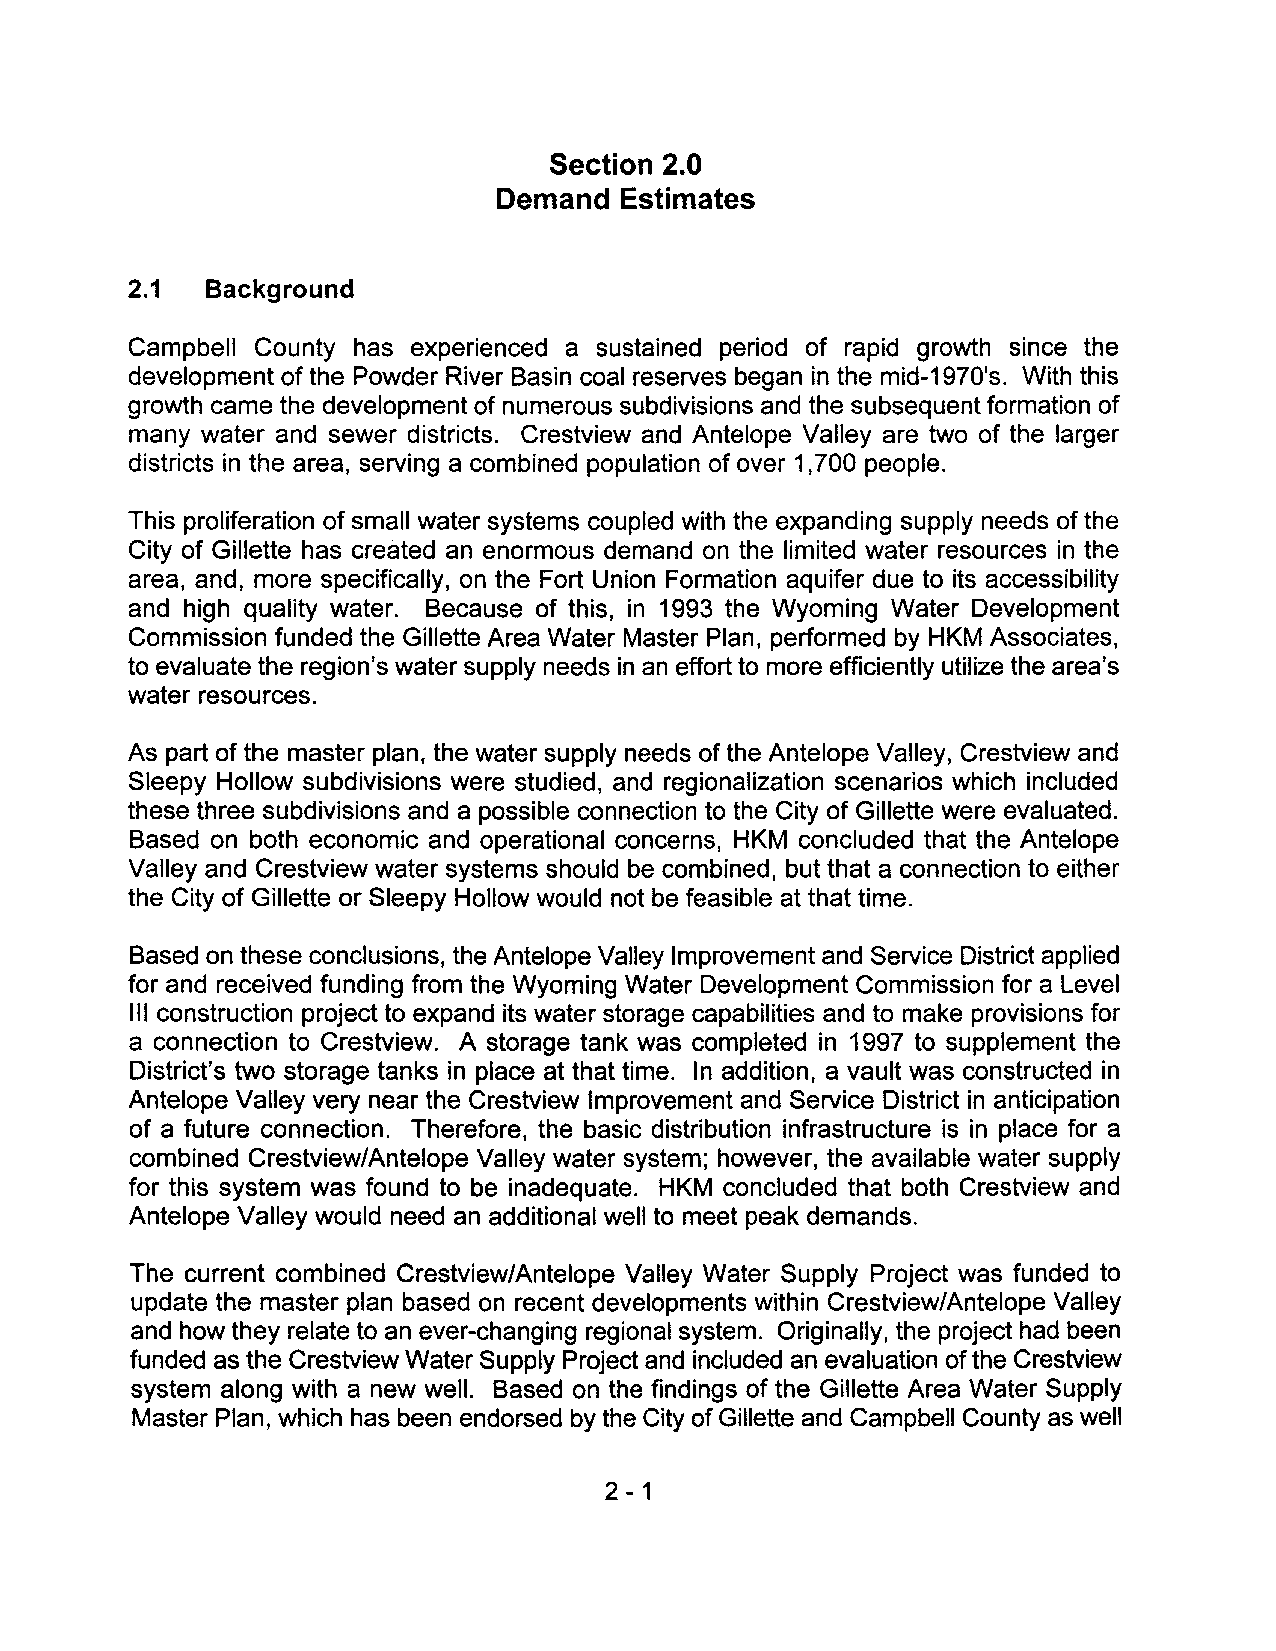
Section 2.0
 Demand  Estimates
 2.1  Background
 Campbell County has experienced a sustained period of rapid growth since the
 development of the Powder River Basin coal reserves began in the mid-1970's. With this
 growth came the development of numerous subdivisions and the subsequent formation of
 many water and sewer districts. Crestview and Antelope Valley are two of the larger
 districts in the area, serving a combined population of over 1,700 people.
 This proliferation of small water systems coupled with the expanding supply needs of the
 City of Gillette has created an enormous demand on the limited water resources in the
 area, and, more specifically, on the Fort Union Formation aquifer due to its accessibility
 and high quality water. Because of this, in 1993 the Wyoming Water Development
 Commission funded the Gillette Area Water Master Plan, performed by HKM Associates,
 to evaluate the region's water supply needs in an effort to more efficiently utilize the area's
 water resources.
 As part of the master plan, the water supply needs of the Antelope Valley, Crestview and
 Sleepy Hollow subdivisions were studied, and regionalization scenarios which included
 these three subdivisions and a possible connection to the City of Gillette were evaluated.
 Based on both economic and operational concerns, HKM concluded that the Antelope
 Valley and Crestview water systems should be combined, but that a connection to either
 the City of Gillette or Sleepy Hollow would not be feasible at that time.
 Based on these conclusions, the Antelope Valley Improvement and Service District applied
 for and received funding from the Wyoming Water Development Commission for a Level
 III construction project to expand its water storage capabilities and to make provisions for
 a connection to Crestview. A storage tank was completed in 1997 to supplement the
 District's two storage tanks in place at that time. In addition, a vault was constructed in
 Antelope Valley very near the Crestview Improvement and Service District in anticipation
 of a future connection. Therefore, the basic distribution infrastructure is in place for a
 combined Crestview/Antelope Valley water system; however, the available water supply
 for this system was found to be inadequate. HKM concluded that both Crestview and
 Antelope Valley would need an additional well to meet peak demands.
 The current combined Crestview/Antelope Valley Water Supply Project was funded to
 update the master plan based on recent developments within Crestview/Antelope Valley
 and how they relate to an ever-changing regional system. Originally, the project had been
 funded as the Crestview Water Supply Project and included an evaluation of the Crestview
 system along with a new well. Based on the findings of the Gillette Area Water Supply
 Master Plan, which has been endorsed by the City of Gillette and Campbell County as well
 2 - 1